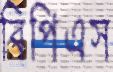
বিপিএস